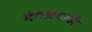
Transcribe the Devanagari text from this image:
मंगळगडही